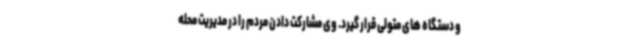
و دستگاه های متولی قرار گیرد. وی مشارکت دادن مردم را در مدیریت محله